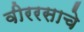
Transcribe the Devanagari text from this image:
वीररसाचे